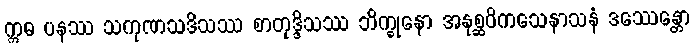
ဣဓ ပနဿ သကုဏသဒိသဿ စာတုဒ္ဒိသဿ ဘိက္ခုနော အနုစ္ဆဝိကသေနာသနံ ဒဿေန္တော